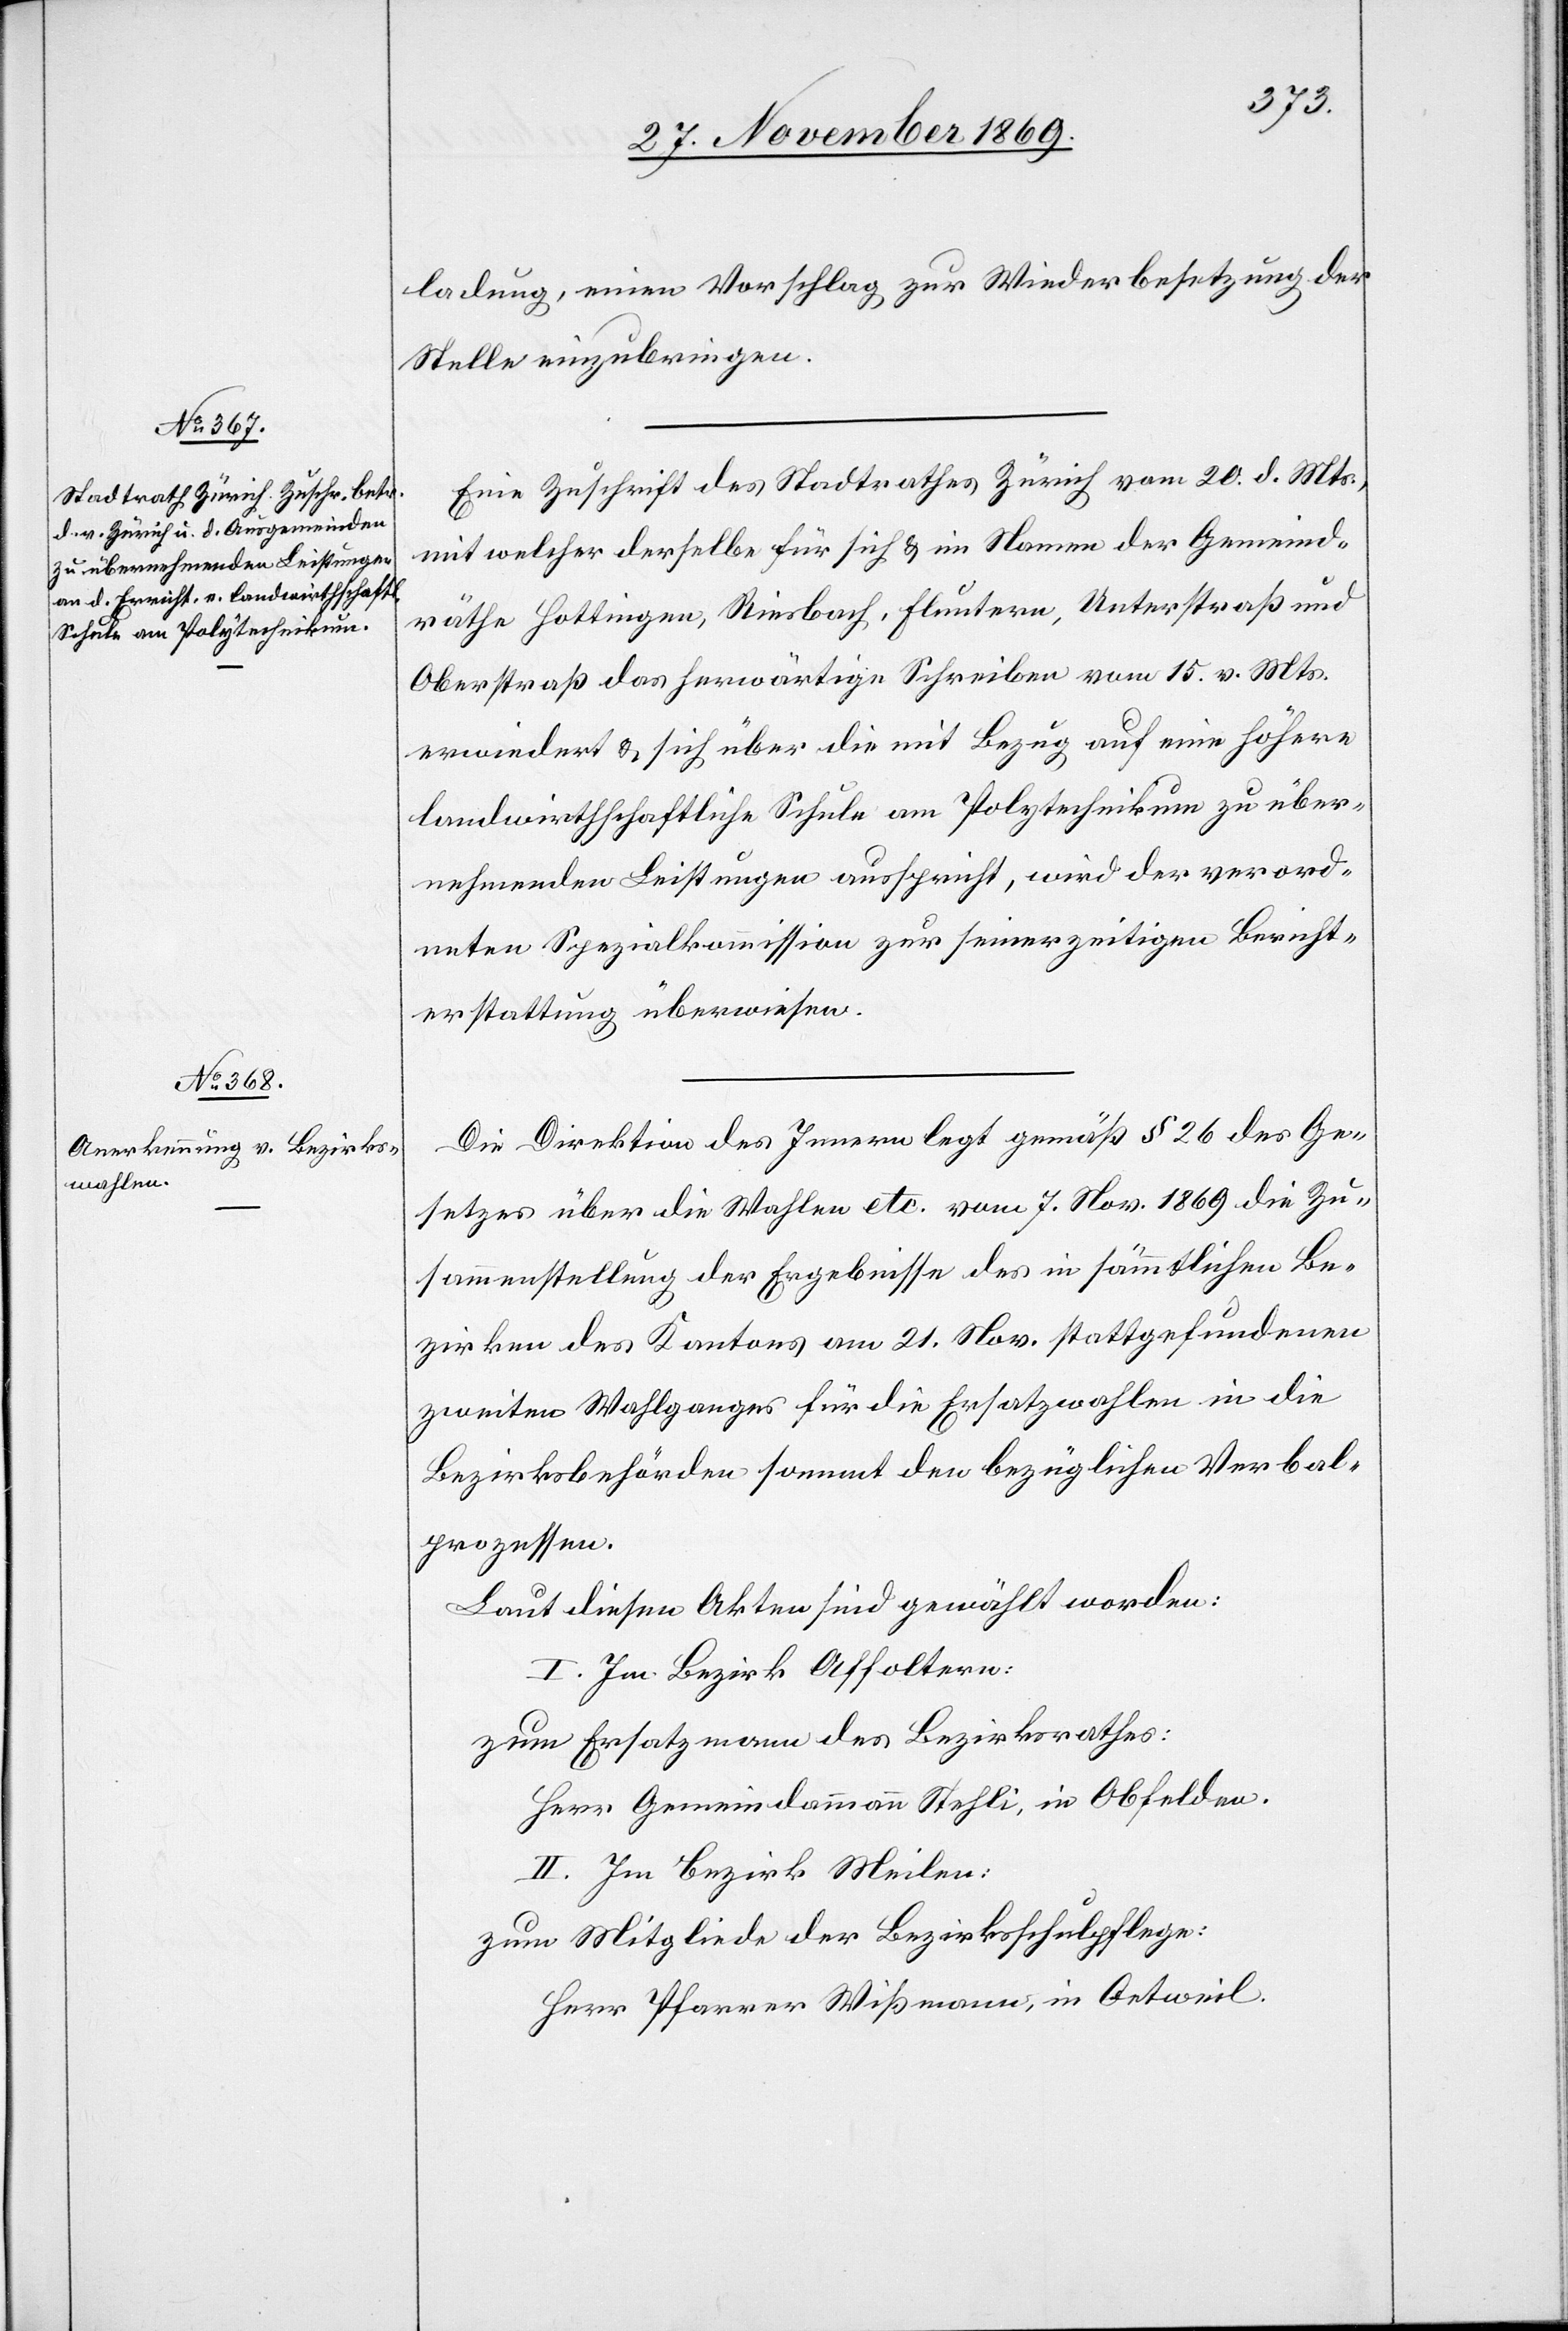
ladung, einen Vorschlag zur Wiederbesetzung der
Stelle einzubringen.
Eine Zuschrift des Stadtrathes Zürich vom 20. d. Mts.,
mit welcher derselbe für sich & im Namen der Gemeind¬
räthe Hottingen, Riesbach, Fluntern, Unterstraß und
Oberstraß das herwärtige Schreiben vom 15. d. Mts.
erwiedert & sich über die mit Bezug auf eine höhere
landwirthschaftliche Schule am Polytechnikum zu über¬
nehmenden Leistungen ausspricht, wird der verord¬
neten Spezialkommission zur seinerzeitigen Bericht¬
erstattung überwiesen.
Die Direktion des Innern legt gemäß § 26 des Ge¬
setzes über die Wahlen etc. vom 7. Nov. 1869 die Zu¬
sammenstellung der Ergebnisse des in sämmtlichen Be¬
zirken des Kantons am 21. Nov. stattgefundenen
zweiten Wahlganges für die Ersatzwahlen in die
Bezirksbehörden sammt den bezüglichen Verbal¬
prozesse
Laut diesen Akten sind gewählt worden:
I. Im Bezirk Affoltern:
zum Ersatzmann des Bezirksrathes:
Herr Gemeindammann Stehli, in Obfelden.
II. Im Bezirk Meilen:
zum Mitgliede der Bezirksschulpflege:
Herr Pfarrer Wißmann, in Oetweil.